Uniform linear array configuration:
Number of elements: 24
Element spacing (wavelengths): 1
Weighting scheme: exponential
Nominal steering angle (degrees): -60
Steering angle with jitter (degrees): -60.321
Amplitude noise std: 0.05
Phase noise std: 0.05

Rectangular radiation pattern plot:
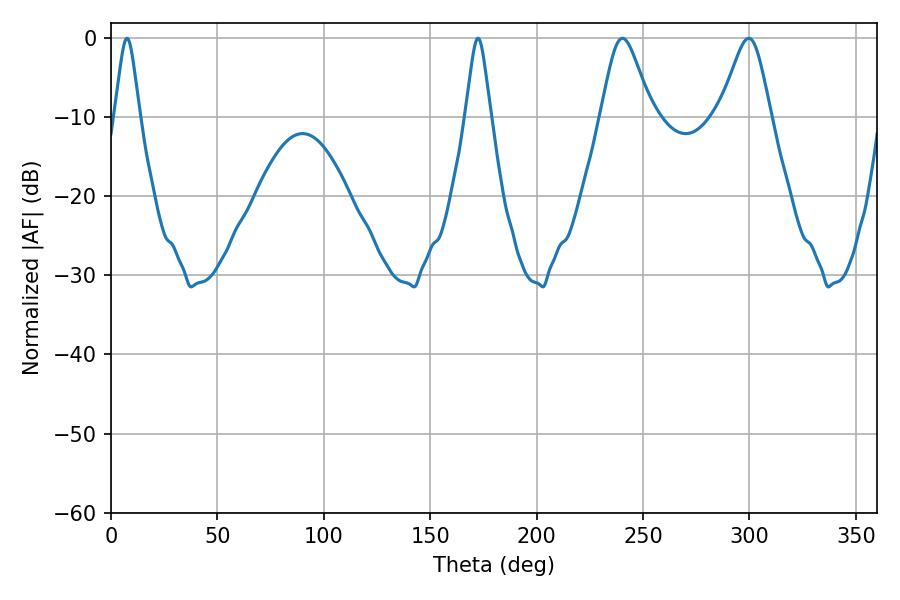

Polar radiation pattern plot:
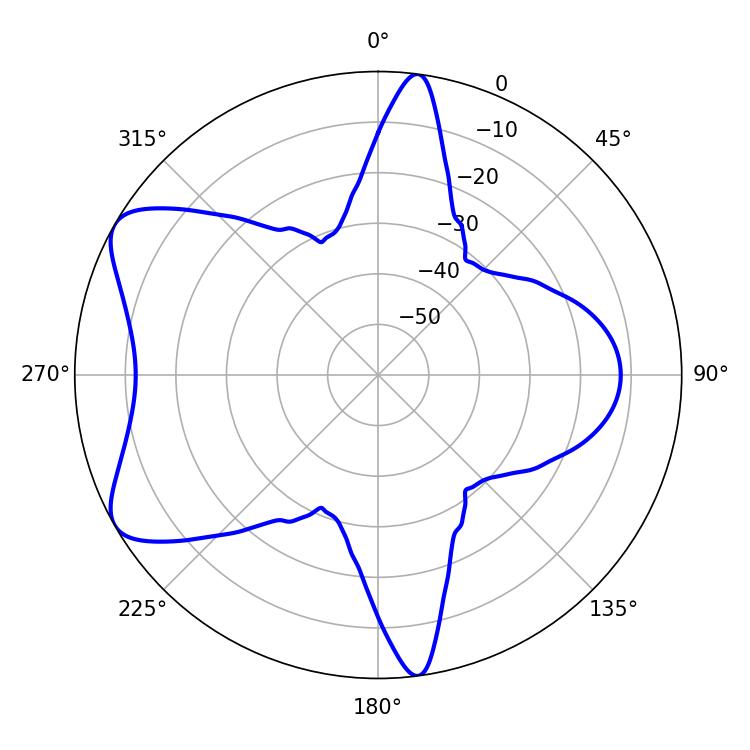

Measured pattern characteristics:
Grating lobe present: TRUE
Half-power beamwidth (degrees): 11.7
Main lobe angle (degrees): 240.3